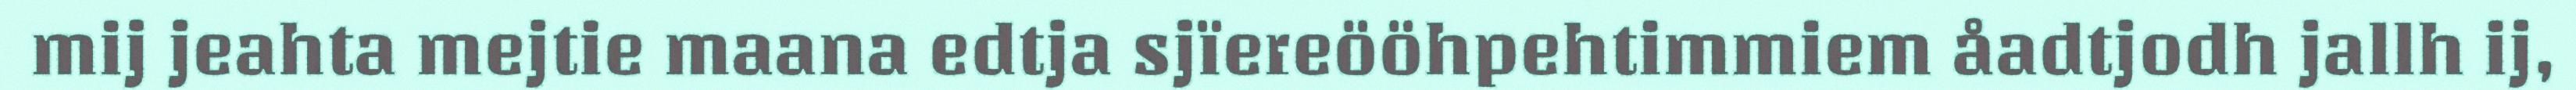
mij jeahta mejtie maana edtja sjïereööhpehtimmiem åadtjodh jallh ij,